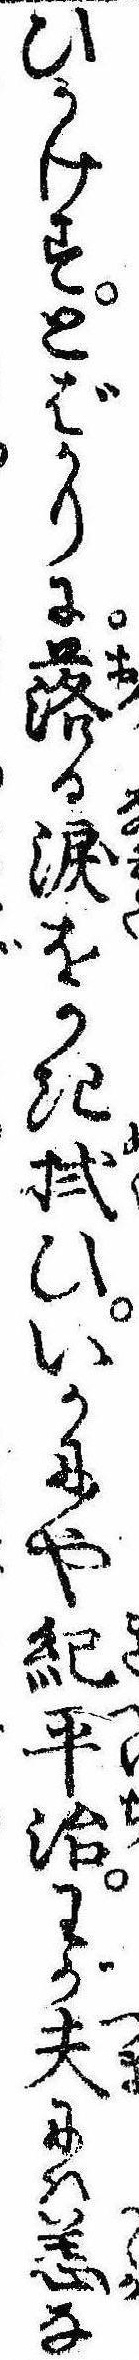
ひかけすとばかりに落る涙をかき拭ひいかにや紀平治わが夫には恙な